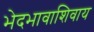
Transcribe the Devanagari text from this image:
भेदभावाशिवाय